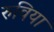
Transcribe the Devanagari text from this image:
रुविया